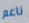
ناعم